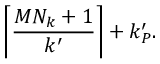
\left\lceil \frac { M N _ { k } + 1 } { k _ { \L } ^ { \prime } } \right\rceil + k _ { P } ^ { \prime } .